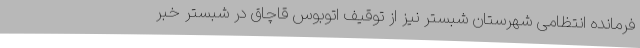
فرمانده انتظامی شهرستان شبستر نیز از توقیف اتوبوس قاچاق در شبستر خبر